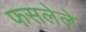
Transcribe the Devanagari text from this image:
फसलेले